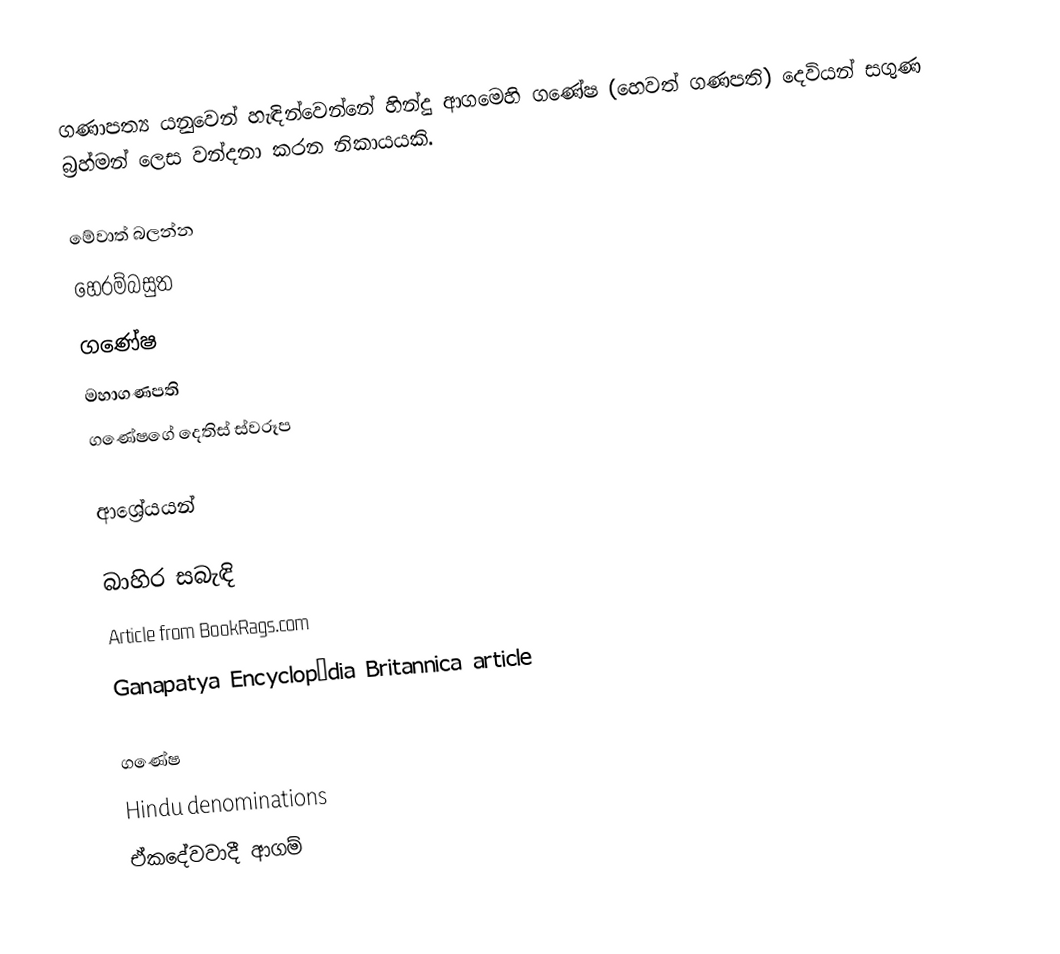
ගණාපත්‍ය යනුවෙන් හැඳින්වෙන්නේ හින්දු ආගමෙහි ගණේෂ (හෙවත් ගණපති) දෙවියන් සගුණ බ්‍රහ්මන් ලෙස වන්දනා කරන නිකායයකි.

මේවාත් බලන්න
 හෙරම්බසුත
 ගණේෂ
 මහාගණපති
 ගණේෂගේ දෙතිස් ස්වරූප

ආශ්‍රේයයන්

බාහිර සබැඳි
 Article from BookRags.com
Ganapatya Encyclopædia Britannica article

ගණේෂ
Hindu denominations
ඒකදේවවාදී ආගම්